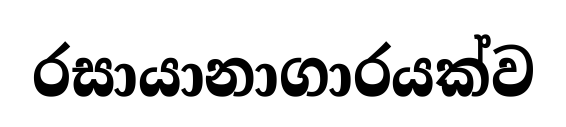
රසායානාගාරයක්ව